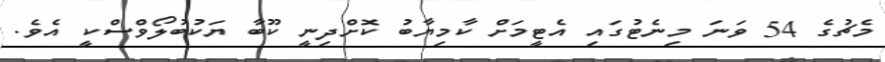
މެޗުގެ 54 ވަނަ މިނެޓުގައި އެޓީމަށް ކާމިޔާބު ކޮށްދިނީ ކޫބާ ޔަކުބުލޯވްސްކީ އެވެ.